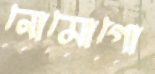
নোমোগো